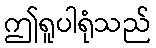
ဤရူပါရုံသည်